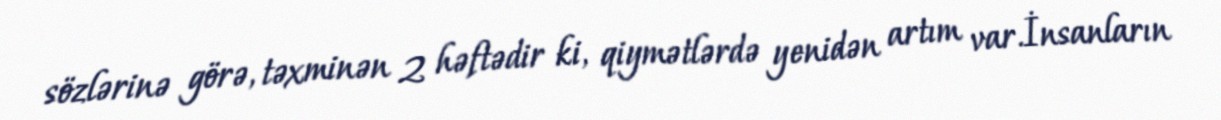
sözlərinə görə, təxminən 2 həftədir ki, qiymətlərdə yenidən artım var.İnsanların